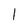
Character: l